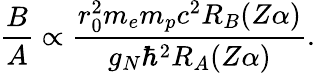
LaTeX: \frac{B}{A}\propto\frac{r_{0}^{2}m_{e}m_{p}c^{2}R_{B}(Z\alpha)}{g_{N}\hbar^{2}R_{A}(Z\alpha)}.